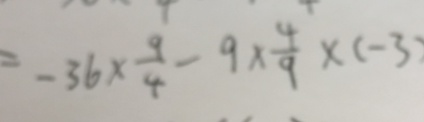
= - 3 6 \times \frac { 9 } { 4 } - 9 \times \frac { 4 } { 9 } \times ( - 3 )